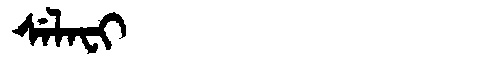
Manchu: ᠰᡝᠯᠠᠸᡳ
Romanization: SELAFI